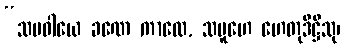
“သမဝါယေ ခဏေ ကာလေ, သမူဟေ ဟေတုဒိဋ္ဌိသု၊